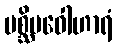
ပစ္ဆိမဝေါဟာရံ